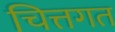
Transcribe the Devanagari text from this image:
चित्तगत